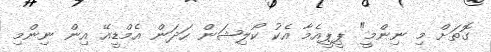
ގޮތަށް މި ނިންމީ" ޕީޕީއެމާ އެކު ކޯލިޝަން ހަދަން އެމްޑީއޭ އިން ނިންމި